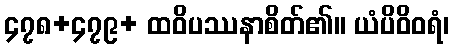
၄၇၈+၄၇၉+ ထဝိပဿနာစိတ်၏။ ယံပိဝိဝရံ၊